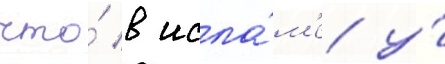
что́ в исла́м'е у́